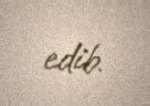
edib.